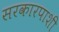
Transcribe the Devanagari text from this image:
सरकारपाशी